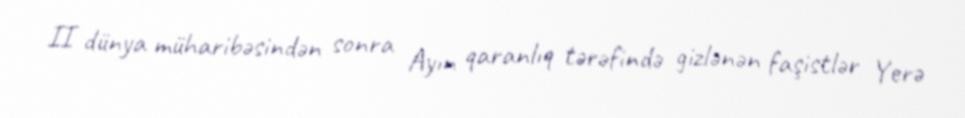
II dünya müharibəsindən sonra Ayın qaranlıq tərəfində gizlənən faşistlər Yerə